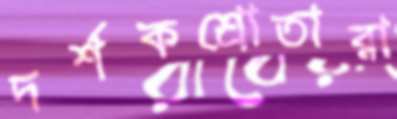
দর্শকশ্রোতারা